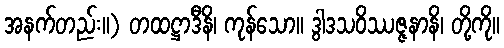
အနက်တည်း။) တထဋ္ဌာဒီနိ၊ ကုန်သော။ ဒွါဒသဝိဿဇ္ဇနာနိ၊ တို့ကို။